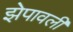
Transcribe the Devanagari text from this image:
झेपावली